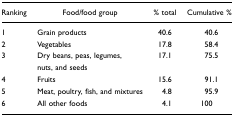
<table><thead><tr><td><b>Ranking</b></td><td><b>Food/food group</b></td><td><b>% total</b></td><td><b>Cumulative %</b></td></tr></thead><tbody><tr><td>1</td><td>Grain products</td><td>40.6</td><td>40.6</td></tr><tr><td>2</td><td>Vegetables</td><td>17.8</td><td>58.4</td></tr><tr><td>3</td><td>Dry beans, peas, legumes, nuts, and seeds</td><td>17.1</td><td>75.5</td></tr><tr><td>4</td><td>Fruits</td><td>15.6</td><td>91.1</td></tr><tr><td>5</td><td>Meat, poultry, fish, and mixtures</td><td>4.8</td><td>95.9</td></tr><tr><td>6</td><td>All other foods</td><td>4.1</td><td>100</td></tr></tbody></table>